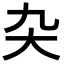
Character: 𭑂